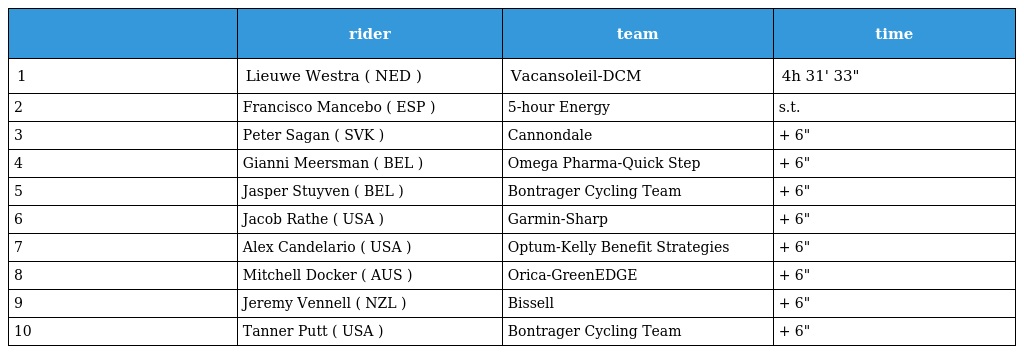
|  | rider | team | time |
 | --- | --- | --- | --- |
 | 1 | Lieuwe Westra ( NED ) | Vacansoleil-DCM | 4h 31' 33" |
 | 2 | Francisco Mancebo ( ESP ) | 5-hour Energy | s.t. |
 | 3 | Peter Sagan ( SVK ) | Cannondale | + 6" |
 | 4 | Gianni Meersman ( BEL ) | Omega Pharma-Quick Step | + 6" |
 | 5 | Jasper Stuyven ( BEL ) | Bontrager Cycling Team | + 6" |
 | 6 | Jacob Rathe ( USA ) | Garmin-Sharp | + 6" |
 | 7 | Alex Candelario ( USA ) | Optum-Kelly Benefit Strategies | + 6" |
 | 8 | Mitchell Docker ( AUS ) | Orica-GreenEDGE | + 6" |
 | 9 | Jeremy Vennell ( NZL ) | Bissell | + 6" |
 | 10 | Tanner Putt ( USA ) | Bontrager Cycling Team | + 6" |